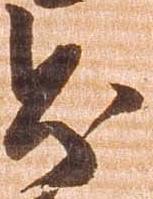
則